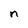
Character: n